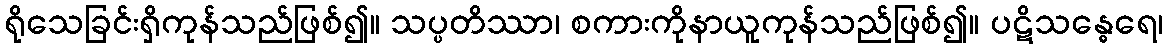
ရိုသေခြင်းရှိကုန်သည်ဖြစ်၍။ သပ္ပတိဿာ၊ စကားကိုနာယူကုန်သည်ဖြစ်၍။ ပဋိသန္ဓေရေ၊